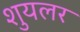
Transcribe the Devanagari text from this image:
शुयलर